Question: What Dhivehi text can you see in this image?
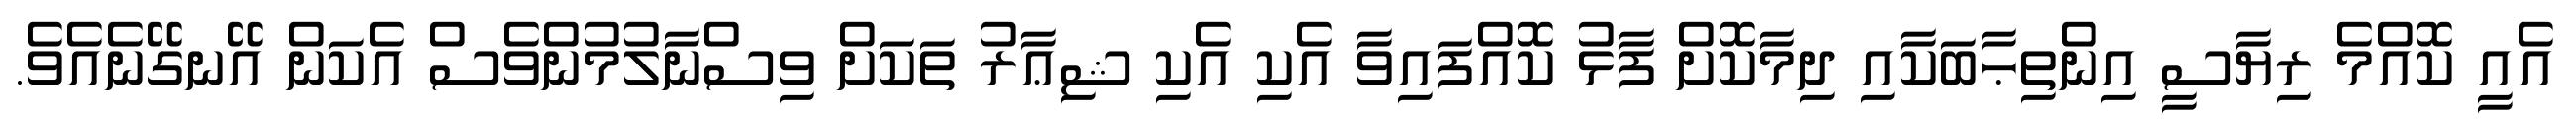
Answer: އެއީ ކޮއްމެ ރިޔާސީ އިންތިޙާބަކާއި ދިމާކޮށް ފާޅު ކޮއްފައިވާ އެކި އެކި ޝިޢާރު ތަކަށް ވިސްނާލުމުންވެސް އެކަން އޭނގޭނެއެވެ.